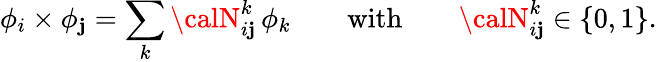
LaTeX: \phi_{i}\times\phi_{\mathbf{j}}=\sum_{k}{\calN}_{i\mathbf{j}}^{k}\, \phi_{k}\qquad\textrm{{with}}\qquad{\calN}_{i\mathbf{j}}^{k}\in\{ 0,1\} .